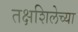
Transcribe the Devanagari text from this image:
तक्षशिलेच्या